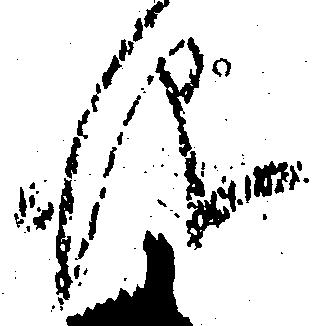
儀